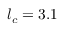
l _ { c } = 3 . 1